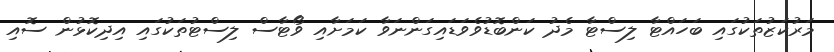
މަރުކަޒުތަކުގައި ބަހައްޓާ ލިސްޓާ މެދު ކަންބޮޑުވެވަޑައިގަންނަވާ ކަމަށާއި ވޯޓާސް ލިސްޓުތަކުގައި އިދިކޮޅުން ސޮއި